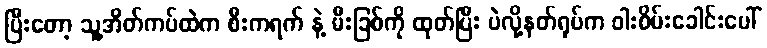
ပြီးတော့ သူ့အိတ်ကပ်ထဲက စီးကရက် နဲ့ မီးခြစ်ကို ထုတ်ပြီး ပဲလို့နတ်ရုပ်က ဝါးစိမ်းခေါင်းပေါ်